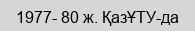
1977- 80 ж. ҚазҰТУ-да